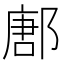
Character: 鄌